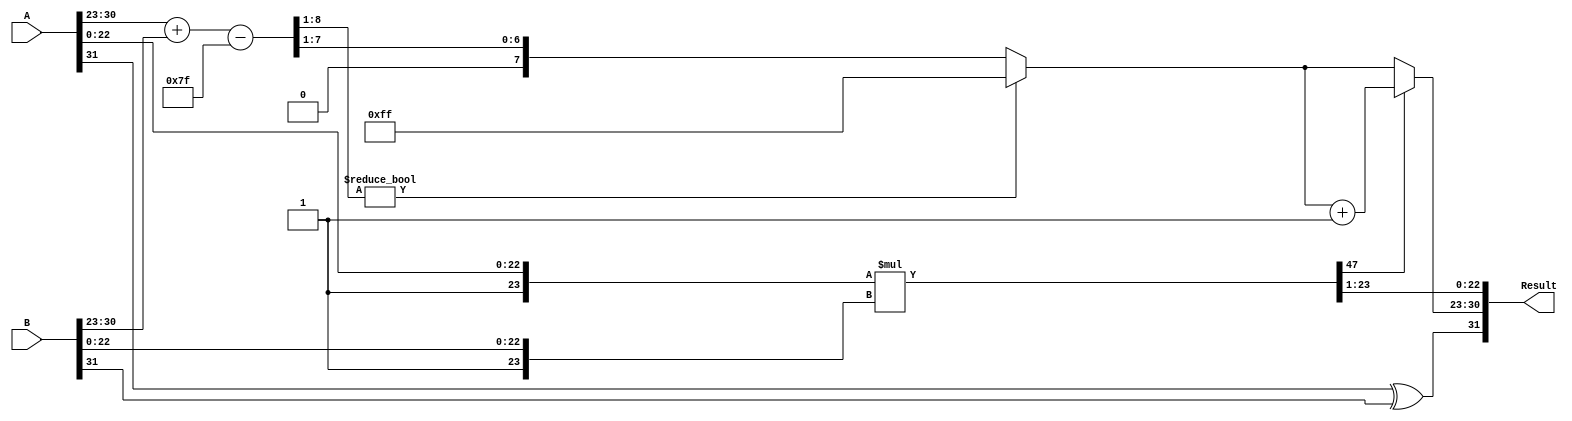
module floating_point_multiplier (
    input  [31:0] A,          // Input A
    input  [31:0] B,          // Input B
    output reg [31:0] Result   // Result of the multiplication
);

    // Constants
    localparam BIAS = 8'd127;
    localparam MANTISSA_WIDTH = 23;
    localparam EXPONENT_WIDTH = 8;
    
    // Decomposition of inputs
    wire S_A = A[31];                     // Sign bit of A
    wire [EXPONENT_WIDTH-1:0] E_A = A[30:23]; // Exponent bits of A
    wire [MANTISSA_WIDTH-1:0] M_A = A[22:0];   // Mantissa bits of A

    wire S_B = B[31];                     // Sign bit of B
    wire [EXPONENT_WIDTH-1:0] E_B = B[30:23]; // Exponent bits of B
    wire [MANTISSA_WIDTH-1:0] M_B = B[22:0];   // Mantissa bits of B

    // Calculate sign of the result
    wire S_R = S_A ^ S_B;

    // Calculate exponent of the result
    wire [EXPONENT_WIDTH:0] E_R_raw = {1'b0, E_A} + {1'b0, E_B} - BIAS; // Using extra bit for overflow
    wire [EXPONENT_WIDTH-1:0] E_R = E_R_raw[EXPONENT_WIDTH:1] ? 8'hFF : E_R_raw[EXPONENT_WIDTH-1:1]; // Check for overflow

    // Normalize mantissa with implicit leading 1
    wire [MANTISSA_WIDTH+1:0] M_A_prime = {1'b1, M_A}; // 1.M_A
    wire [MANTISSA_WIDTH+1:0] M_B_prime = {1'b1, M_B}; // 1.M_B

    // Multiply mantissas
    wire [2*MANTISSA_WIDTH+1:0] P = M_A_prime * M_B_prime;

    // Normalization of product
    reg [MANTISSA_WIDTH-1:0] M_R;
    reg [EXPONENT_WIDTH-1:0] E_R_final;
    always @* begin
        if (P[2*MANTISSA_WIDTH+1]) begin
            // Product is too large, shift right
            M_R = P[2*MANTISSA_WIDTH:1];
            E_R_final = E_R + 1;
        end else begin
            // Product is in normalized range
            M_R = P[2*MANTISSA_WIDTH-1:1];
            E_R_final = E_R;
        end
        // Rounding can be done here if needed
    end

    // Construct the final result
    always @* begin
        Result = {S_R, E_R_final, M_R[MANTISSA_WIDTH-1:0]};
    end

endmodule